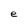
Character: e